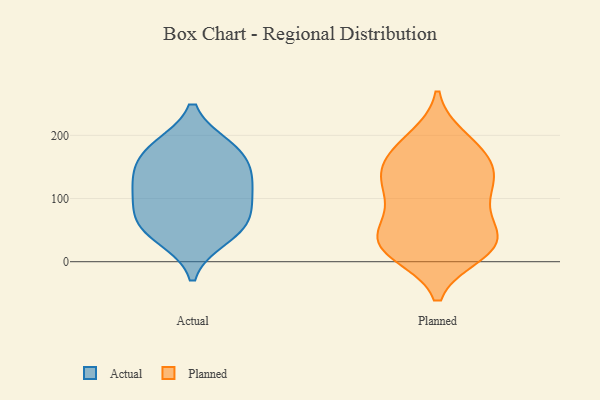
{"axis": {"x": "Page Views", "y": "Value"}, "legend": ["Actual", "Planned"], "data": [{"x": "", "y": 98, "type": "Actual"}, {"x": "", "y": 70, "type": "Actual"}, {"x": "", "y": 114, "type": "Actual"}, {"x": "", "y": 66, "type": "Actual"}, {"x": "", "y": 133, "type": "Actual"}, {"x": "", "y": 133, "type": "Actual"}, {"x": "", "y": 179, "type": "Actual"}, {"x": "", "y": 167, "type": "Actual"}, {"x": "", "y": 38, "type": "Actual"}, {"x": "", "y": 49, "type": "Actual"}, {"x": "", "y": 181, "type": "Actual"}, {"x": "", "y": 51, "type": "Planned"}, {"x": "", "y": 22, "type": "Planned"}, {"x": "", "y": 136, "type": "Planned"}, {"x": "", "y": 112, "type": "Planned"}, {"x": "", "y": 23, "type": "Planned"}, {"x": "", "y": 167, "type": "Planned"}, {"x": "", "y": 24, "type": "Planned"}, {"x": "", "y": 195, "type": "Planned"}, {"x": "", "y": 144, "type": "Planned"}, {"x": "", "y": 82, "type": "Planned"}, {"x": "", "y": 13, "type": "Planned"}, {"x": "", "y": 50, "type": "Planned"}, {"x": "", "y": 140, "type": "Planned"}, {"x": "", "y": 38, "type": "Planned"}, {"x": "", "y": 168, "type": "Planned"}, {"x": "", "y": 189, "type": "Planned"}, {"x": "", "y": 123, "type": "Planned"}, {"x": "", "y": 97, "type": "Planned"}, {"x": "", "y": 20, "type": "Planned"}]}